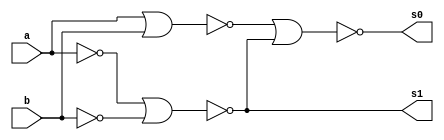
// guia 03
// Nome: Raphaela Fernanda Silva

module operadorMS ( s0,s1,a,b );

output s0,s1;
input a,b;
wire s2,s3,s4,s5,s6,s7,s8;

nor NOR1( s2,a,b );
nor NOR2( s3,s2,s2 );
nor NOR3( s4,s3,s3 );
nor NOR4( s5,a,a );
nor NOR5( s6,b,b );
nor NOR6( s1,s5,s6 );
nor NOR7( s7,s1 );
nor NOR8( s8,s7,s7 );
nor NOR9( s0,s4,s8 );

endmodule

module testMS;
reg a,b;
wire s0,s1;

operadorMS MS (s0,s1,a,b );

initial begin: start
        a=0; b=0;

end

initial begin: main

#1 $display (" Modelo Tradicional ");
#1 $display (" a + b = s0s1 ");
   $monitor (" %b + %b = %b %b ",a,b,s0,s1);
	
	    #1 a=0;  b=1;
		 #1 a=1;  b=0;
		 #1 a=1;  b=1;
		 
end
endmodule


//  
//     Modelo Tradicional 
//     a + b = s0s1 
//     0 + 0 = 0 0 
//     0 + 1 = 1 0 
//     1 + 1 = 0 1 
//    
//     ----jGRASP: operation complete.